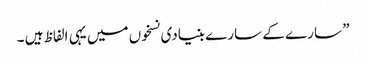
” سارے کے سارے بنیادی نسخوں میں یہی الفاظ ہیں ۔